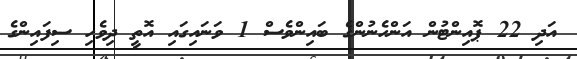
އަދި 22 ޕޮއިންޓުން އަންހެނުންގެ ބައިންވެސް 1 ވަނައިގައި އޮތީ ދިވެހި ސިފައިންގެ